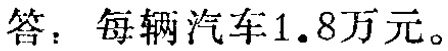
答：每辆汽车\(1.8\)万元。